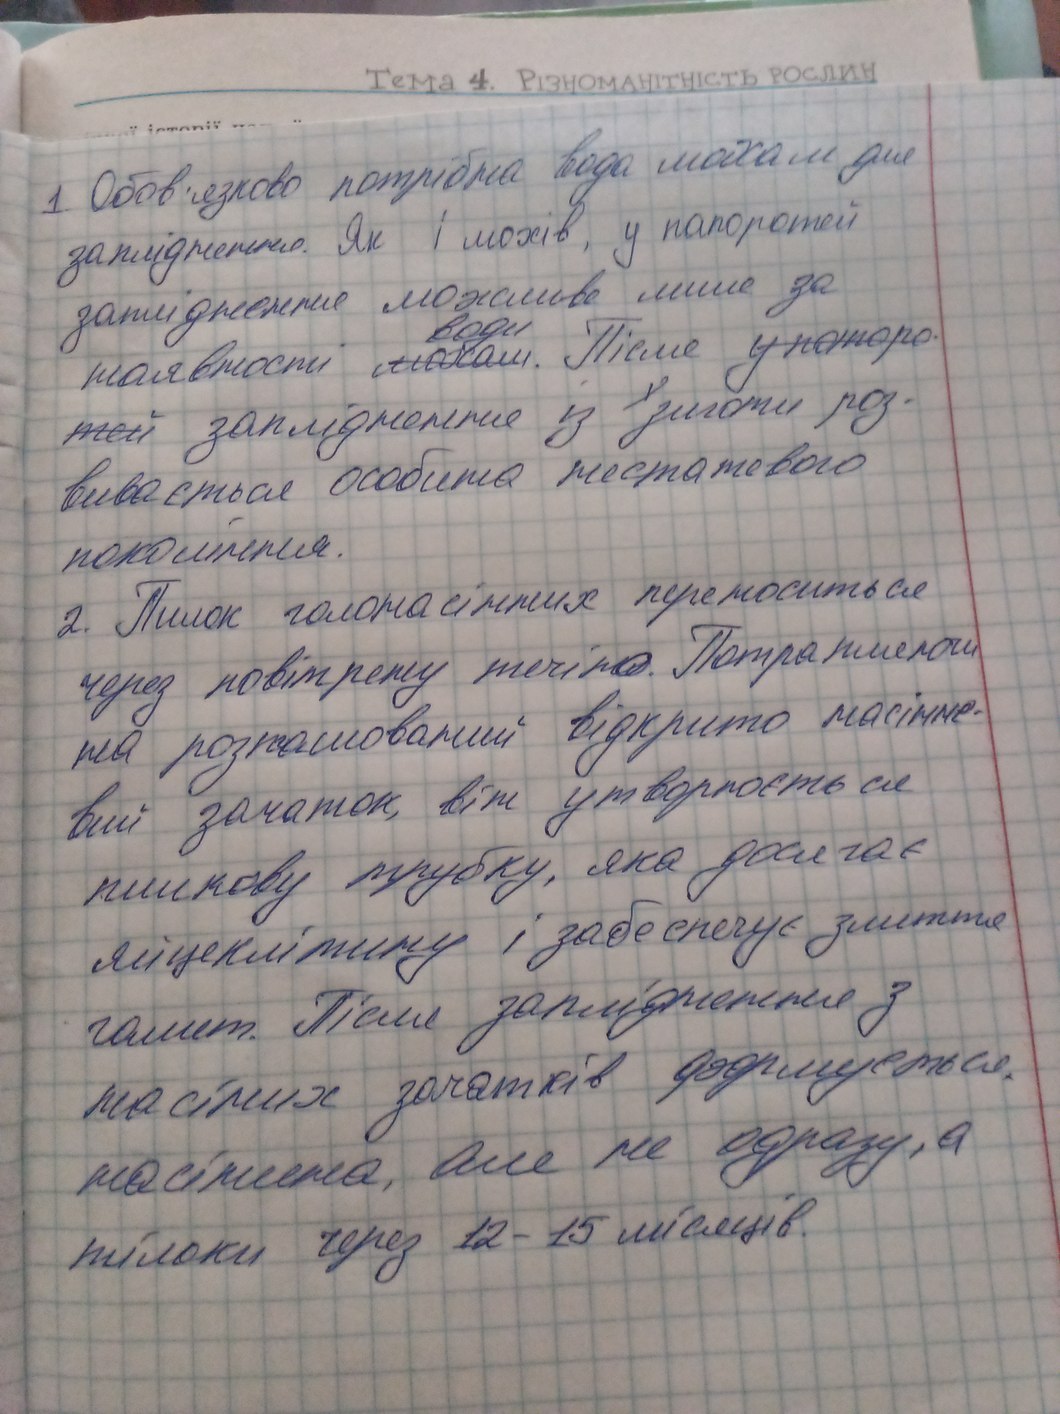
Тема 4. Різноманітність рослин
1 Обов'язково потрібна вода мохам для
запліднення. Як і мохів, у папоротей
затиднення можливе лише за
наявності ~~мохам~~{води} . Після ~~у папоро⋅~~
~~тей~~ запліднення із зиготи роз-
вивається особина нестатевого
покоління.
2. Пилок голонасінних переноситься
через повітряну течію. Потрапляючи
на розташований відкрито насінне-
вий зачаток, він утворюєть ся
кишкову трубку, яка досягає
яйцеклітину і забезпечує злиття
гамет. Після запіздження з
насінних зачатків формується.
насінина, але не одразу, а
тільки через 12-15 місяців.